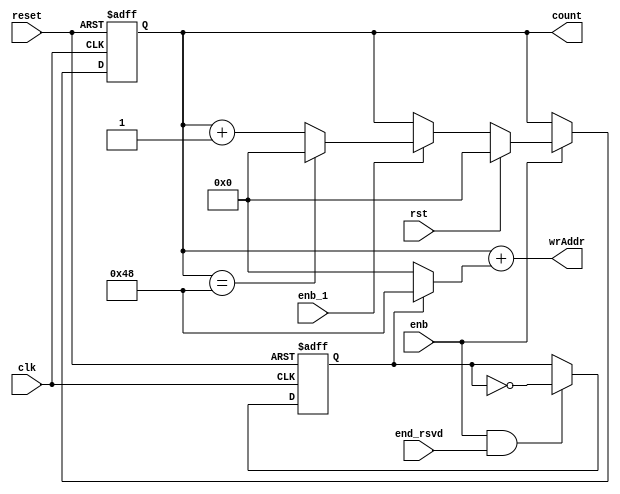
// -------------------------------------------------------------
// 
// 
// Generated by MATLAB 9.13 and HDL Coder 4.0
// 
// -------------------------------------------------------------


// -------------------------------------------------------------
// 
// Module: whdlOFDMTx_Generate_Write_Address_block
// Source Path: whdlOFDMTx/Frame Generator/Header/Interleaver/Write Logic/Generate Write Address
// Hierarchy Level: 6
// 
// -------------------------------------------------------------

`timescale 1 ns / 1 ns

module whdlOFDMTx_Generate_Write_Address_block
          (clk,
           reset,
           enb,
           rst,
           enb_1,
           end_rsvd,
           wrAddr,
           count);


  input   clk;
  input   reset;
  input   enb;
  input   rst;
  input   enb_1;
  input   end_rsvd;
  output  [7:0] wrAddr;  // uint8
  output  [6:0] count;  // ufix7


  wire [6:0] count_step;  // ufix7
  wire [6:0] count_from;  // ufix7
  wire [6:0] count_reset;  // ufix7
  reg [6:0] currentAddr;  // ufix7
  wire [6:0] count_1;  // ufix7
  wire need_to_wrap;
  wire [6:0] count_value;  // ufix7
  wire [6:0] count_2;  // ufix7
  wire [6:0] count_3;  // ufix7
  reg  Unit_Delay_Enabled_Synchronous2_out1;
  wire Logical_Operator7_out1;
  wire [6:0] Constant_out1;  // ufix7
  wire [6:0] Constant4_out1;  // ufix7
  wire [6:0] baseAddr;  // ufix7
  wire [7:0] Add_1;  // ufix8
  wire [7:0] Add_2;  // ufix8
  wire [7:0] Add_out1;  // uint8


  // Count limited, Unsigned Counter
  //  initial value   = 0
  //  step value      = 1
  //  count to value  = 72
  assign count_step = 7'b0000001;



  assign count_from = 7'b0000000;



  assign count_reset = 7'b0000000;



  assign count_1 = currentAddr + count_step;



  assign need_to_wrap = currentAddr == 7'b1001000;



  assign count_value = (need_to_wrap == 1'b0 ? count_1 :
              count_from);



  assign count_2 = (enb_1 == 1'b0 ? currentAddr :
              count_value);



  assign count_3 = (rst == 1'b0 ? count_2 :
              count_reset);



  always @(posedge clk or posedge reset)
    begin : HDL_Counter_process
      if (reset == 1'b1) begin
        currentAddr <= 7'b0000000;
      end
      else begin
        if (enb) begin
          currentAddr <= count_3;
        end
      end
    end



  assign Logical_Operator7_out1 =  ~ Unit_Delay_Enabled_Synchronous2_out1;



  always @(posedge clk or posedge reset)
    begin : Unit_Delay_Enabled_Synchronous2_process
      if (reset == 1'b1) begin
        Unit_Delay_Enabled_Synchronous2_out1 <= 1'b0;
      end
      else begin
        if (enb && end_rsvd) begin
          Unit_Delay_Enabled_Synchronous2_out1 <= Logical_Operator7_out1;
        end
      end
    end



  assign Constant_out1 = 7'b0000000;



  assign Constant4_out1 = 7'b1001000;



  assign baseAddr = (Unit_Delay_Enabled_Synchronous2_out1 == 1'b0 ? Constant_out1 :
              Constant4_out1);



  assign Add_1 = {1'b0, currentAddr};
  assign Add_2 = {1'b0, baseAddr};
  assign Add_out1 = Add_1 + Add_2;



  assign wrAddr = Add_out1;

  assign count = currentAddr;

endmodule  // whdlOFDMTx_Generate_Write_Address_block